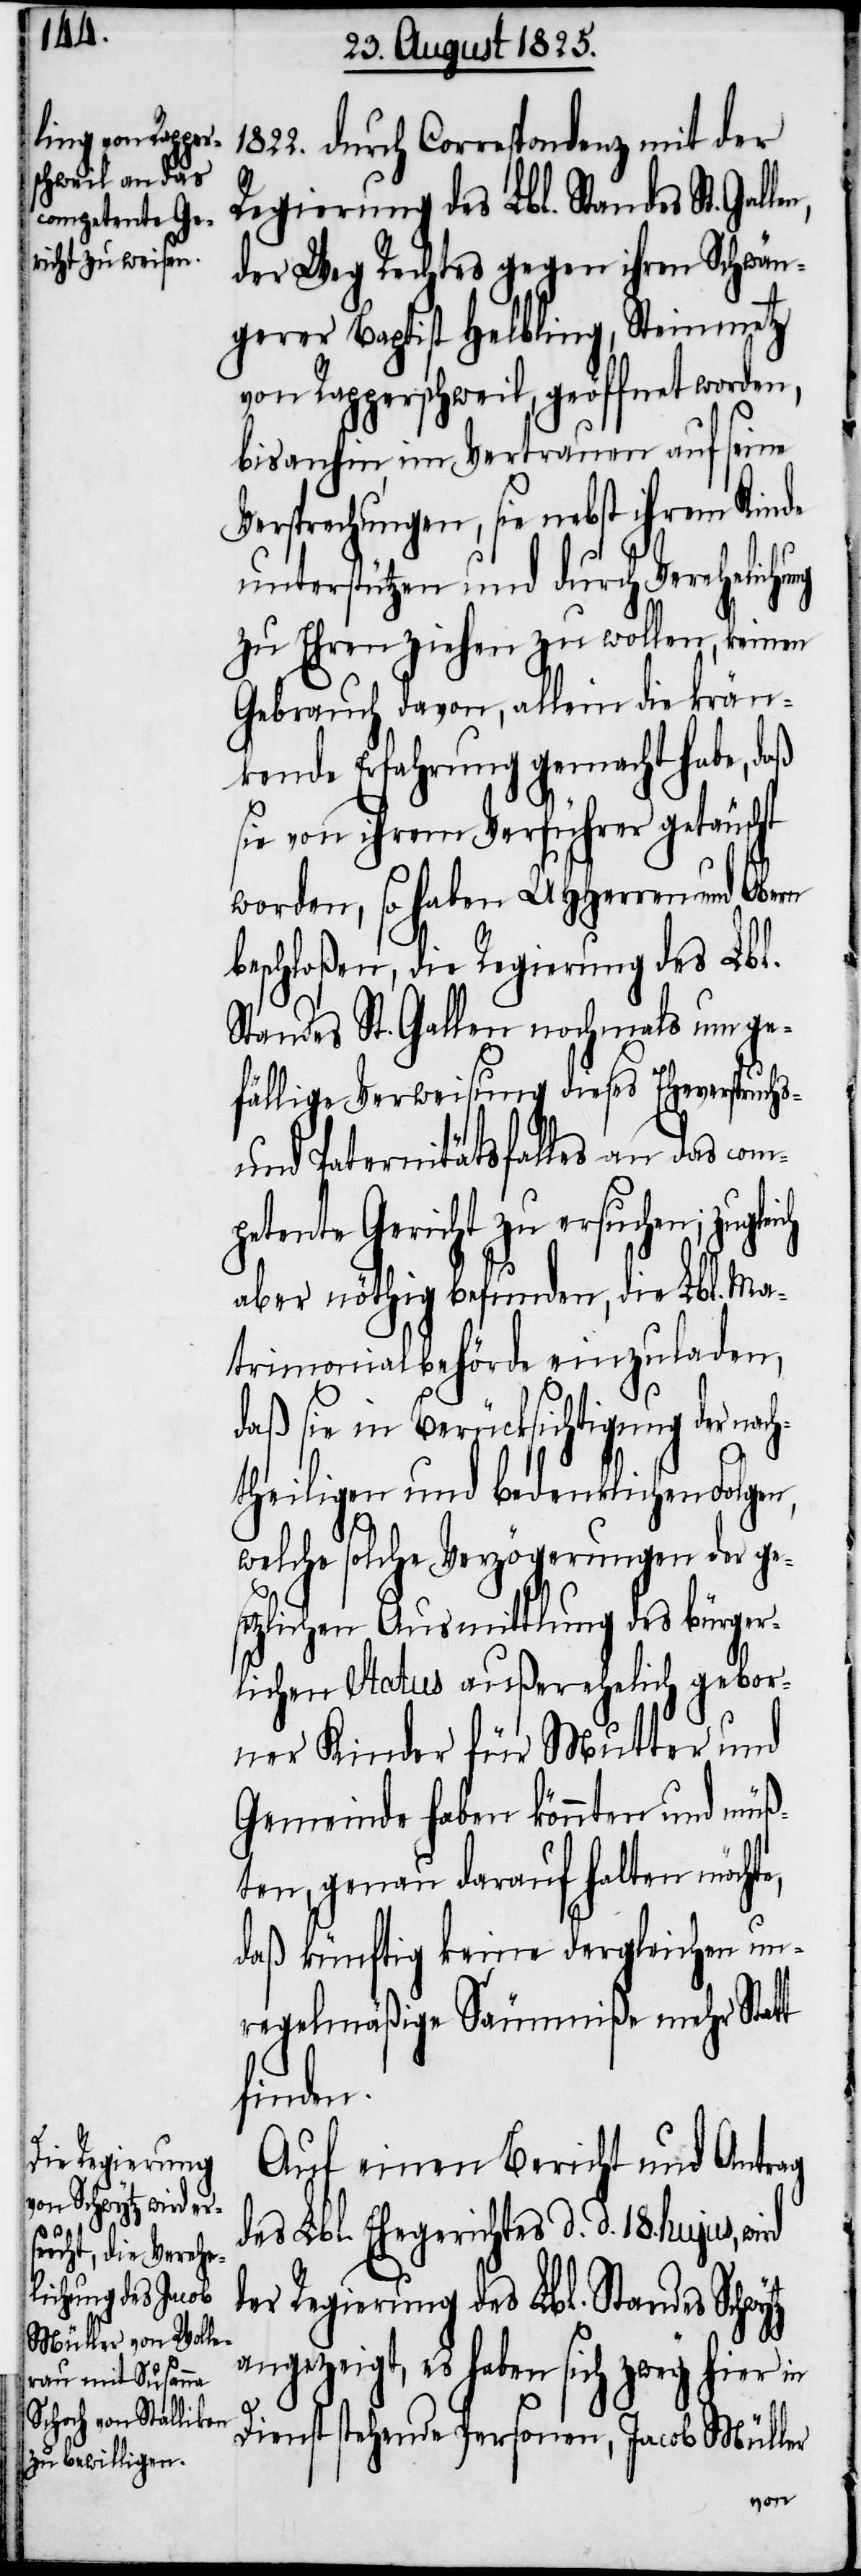
1822. durch Correspondenz mit der
Regierung des Lbl. Standes St. Galle¬
der Weg Rechtes gegen ihren Schwän¬
gerer Baptist Helbling, Steinmetz
von Rapperschweil, geöffnet worden,
bis anhin im Vertrauen auf seine
Versprechungen, sie nebst ihrem Kinde
unterstützen und durch Verehelichung
zu Ehren ziehen zu wollen, keinen
Gebrauch davon, allein die krän¬
kende Erfahrung gemacht habe, daß
sie von ihrem Verführer getäuscht
worden, so haben UHHerren und Obern
beschloßen, die Regierung des Lbl.
Standes St. Gallen nochmals um ge¬
fällige Verweisung dieses Eheverspruch¬
und Paternitätsfalles an das com¬
petente Gericht zu ersuchen; zugle¬
aber nöthig befunden, die Lbl. Ma¬
trimonialbehörde einzuladen,
daß sie in Berücksichtigung der nach¬
theiligen und bedenklichen Folgen,
welche solche Verzögerungen der ges¬
etzlichen Ausmittlung des bürger¬
lichen Status außerehelich gebor¬
ner Kinder für Mutter und
Gemeinde haben könnten und müß¬
ten, genau darauf halten möchte,
daß künftig keine dergleichen un¬
regelmäßige Säumniße mehr Statt
finden.
Auf einen Bericht und Antrag
des Lbl. Ehegerichtes d. d. 18.hujus,
der Regierung des Lbl. Standes Schwytz
angezeigt, es haben sich zwey hier in
Dienst stehende Personen, Jacob Müller